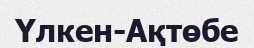
Үлкен-Ақтөбе